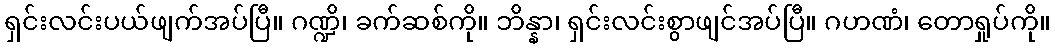
ရှင်းလင်းပယ်ဖျက်အပ်ပြီ။ ဂဏ္ဍိ၊ ခက်ဆစ်ကို။ ဘိန္နာ၊ ရှင်းလင်းစွာဖျင်အပ်ပြီ။ ဂဟဏံ၊ တောရှုပ်ကို။